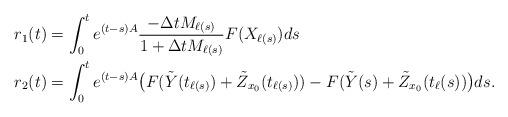
LaTeX: \begin{align*}r_1(t)&=\int_0^t e^{(t-s)A}\frac{-\Delta tM_{\ell(s)}}{1+\Delta tM_{\ell(s)}}F({X}_{\ell(s)})ds\\r_2(t)&=\int_0^t e^{(t-s)A}\bigl(F(\tilde{Y}(t_{\ell(s)})+\tilde{Z}_{x_0}(t_{\ell(s)}))-F(\tilde{Y}(s)+\tilde{Z}_{x_0}(t_\ell(s))\bigr)ds.\end{align*}